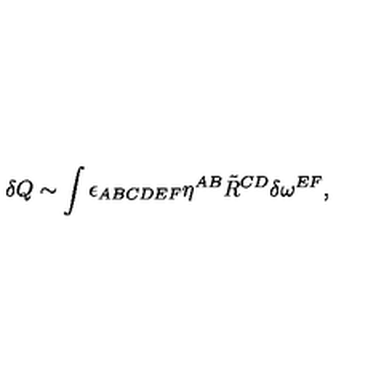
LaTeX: \delta Q \sim \int \epsilon _ { A B C D E F } \eta ^ { A B } \tilde { R } ^ { C D } \delta \omega ^ { E F } ,